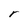
Character: r